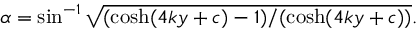
\alpha = \sin ^ { - 1 } \sqrt { ( \cosh ( 4 k y + c ) - 1 ) / ( \cosh ( 4 k y + c ) ) } .